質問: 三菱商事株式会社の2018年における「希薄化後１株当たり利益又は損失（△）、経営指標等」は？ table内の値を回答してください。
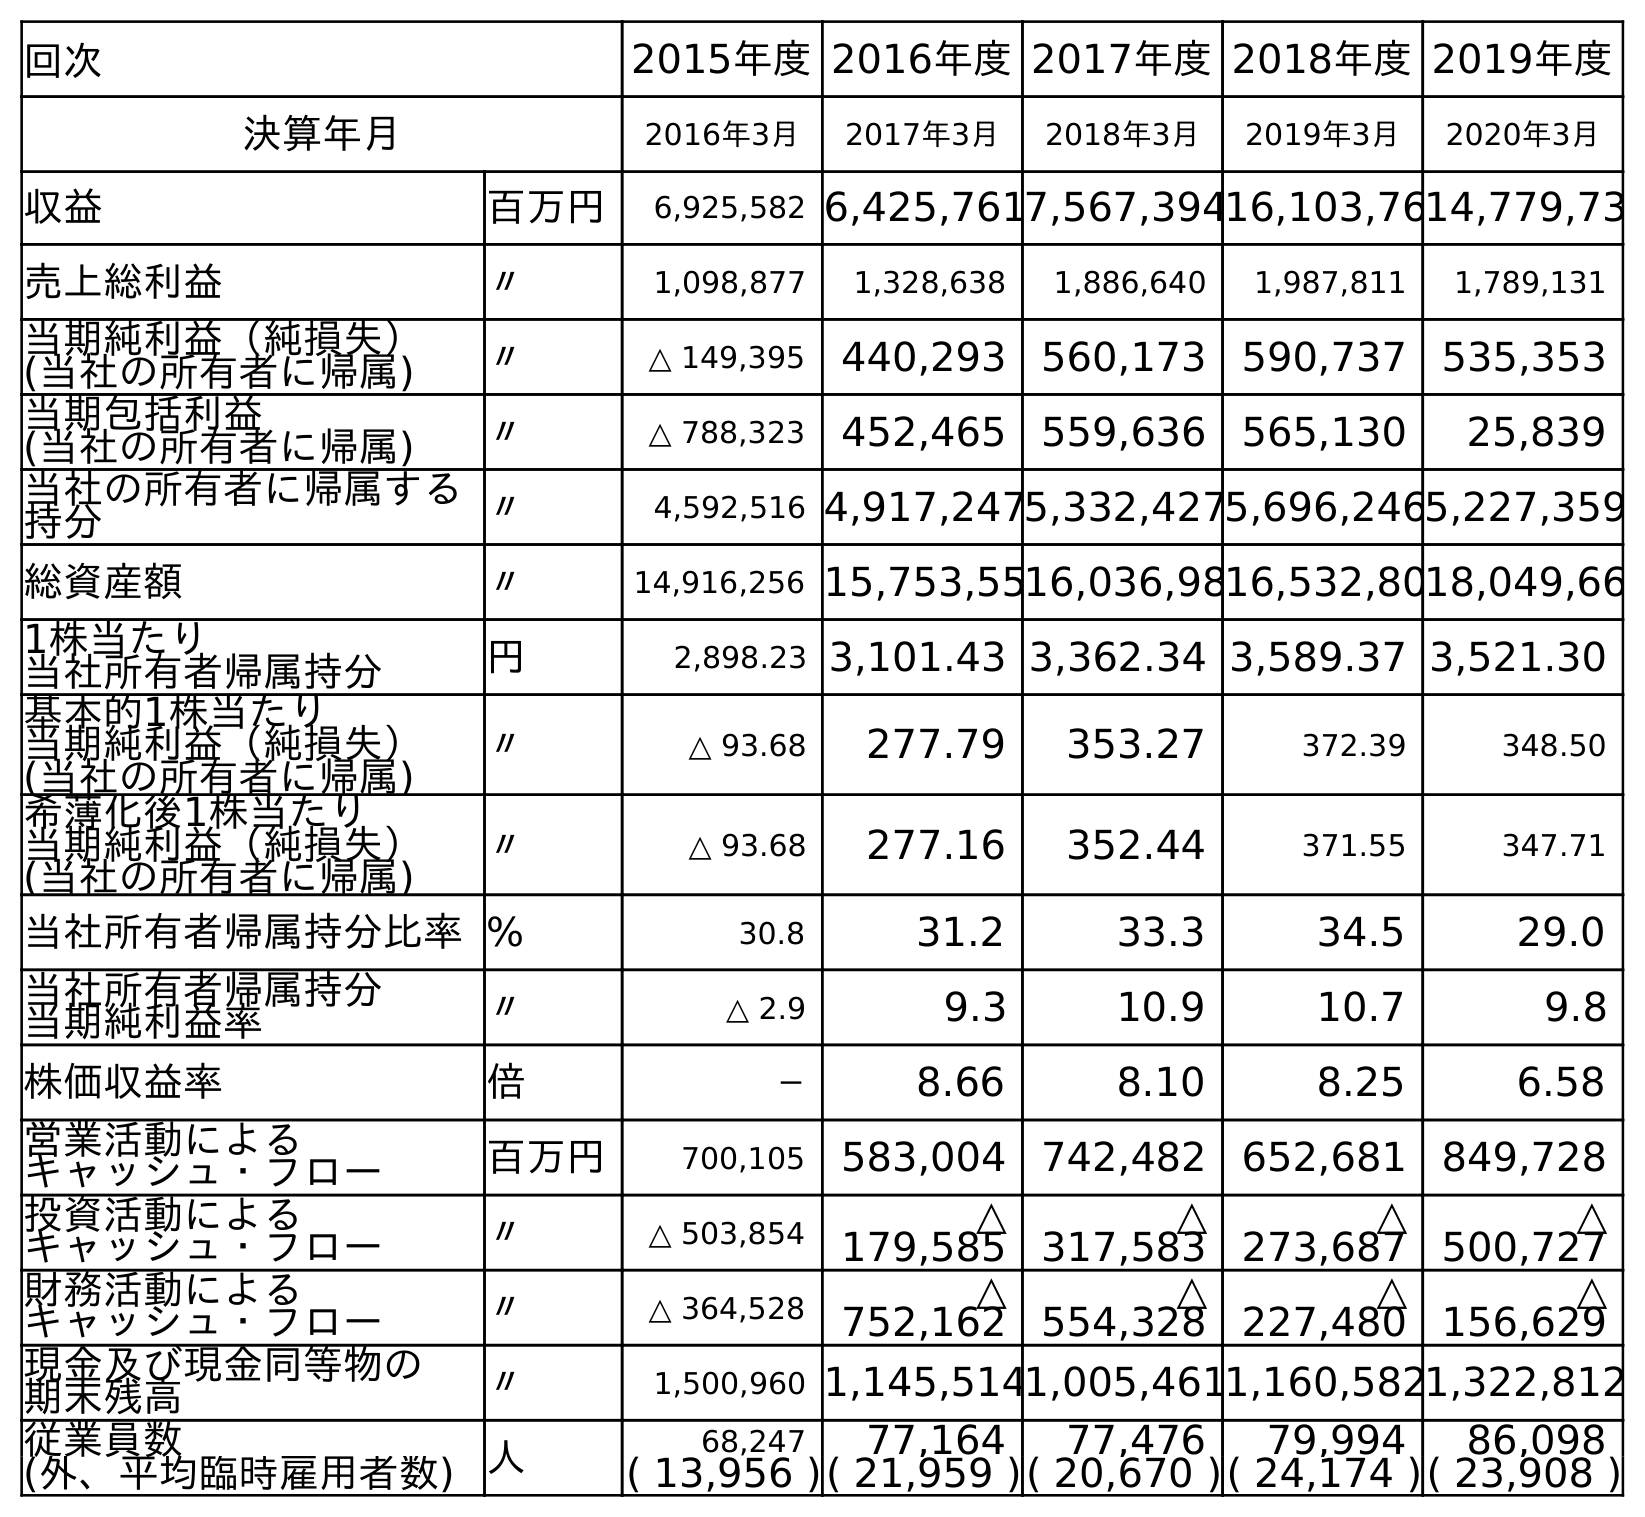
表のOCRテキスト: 回次 2015年度2016年度2017年度2018年度2019年度 決算年月 2016年3月 2017年3月 2018年3月 2019年3月 2020年3月 収益 百万円 6,925,582 6,425,7617,567,39416,103,7614,779,73 売上総利益 〃 1,098,877 1,328,638 1,886,640 1,987,811 1,789,131 当期純利益（純損失） (当社の所有者に帰属) 〃 △ 149,395 440,293 560,173 590,737 535,353 当期包括利益 (当社の所有者に帰属) 〃 △ 788,323 452,465 559,636 565,130 25,839 当社の所有者に帰属する 持分 〃 4,592,516 4,917,2475,332,4275,696,2465,227,359 総資産額 〃 14,916,256 15,753,5516,036,9816,532,8018,049,66 1株当たり 当社所有者帰属持分 円 2,898.23 3,101.43 3,362.34 3,589.37 3,521.30 基本的1株当たり 当期純利益（純損失） (当社の所有者に帰属) 〃 △ 93.68 277.79 353.27 372.39 348.50 希薄化後1株当たり 当期純利益（純損失） (当社の所有者に帰属) 〃 △ 93.68 277.16 352.44 371.55 347.71 当社所有者帰属持分比率% 30.8 31.2 33.3 34.5 29.0 当社所有者帰属持分 当期純利益率 〃 △ 2.9 9.3 10.9 10.7 9.8 株価収益率 倍 － 8.66 8.10 8.25 6.58 営業活動による キャッシュ・フロー 百万円 700,105 583,004 742,482 652,681 849,728 投資活動による キャッシュ・フロー 〃 △ 503,854 △ 179,585 △ 317,583 △ 273,687 △ 500,727 財務活動による キャッシュ・フロー 〃 △ 364,528 △ 752,162 △ 554,328 △ 227,480 △ 156,629 現金及び現金同等物の 期末残高 〃 1,500,960 1,145,5141,005,4611,160,5821,322,812 従業員数 人 68,247 77,164 77,476 79,994 86,098 (外、平均臨時雇用者数) ( 13,956 )( 21,959 )( 20,670 )( 24,174 )( 23,908 )
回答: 352.44